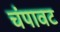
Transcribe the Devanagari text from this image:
चंपावट